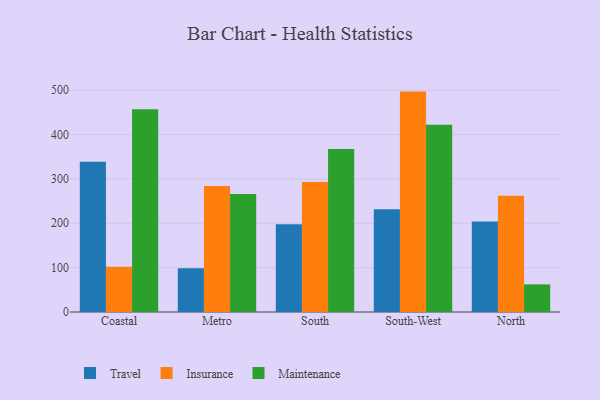
{"axis": {"x": "Region", "y": "Operating Costs (USD K)"}, "legend": ["Insurance", "Maintenance", "Travel"], "data": [{"x": "Coastal", "y": 338.6, "type": "Travel"}, {"x": "Coastal", "y": 101.8, "type": "Insurance"}, {"x": "Coastal", "y": 457.0, "type": "Maintenance"}, {"x": "Metro", "y": 98.8, "type": "Travel"}, {"x": "Metro", "y": 283.8, "type": "Insurance"}, {"x": "Metro", "y": 266.3, "type": "Maintenance"}, {"x": "South", "y": 198.1, "type": "Travel"}, {"x": "South", "y": 293.1, "type": "Insurance"}, {"x": "South", "y": 367.6, "type": "Maintenance"}, {"x": "South-West", "y": 231.7, "type": "Travel"}, {"x": "South-West", "y": 496.9, "type": "Insurance"}, {"x": "South-West", "y": 421.9, "type": "Maintenance"}, {"x": "North", "y": 203.9, "type": "Travel"}, {"x": "North", "y": 261.9, "type": "Insurance"}, {"x": "North", "y": 62.3, "type": "Maintenance"}]}